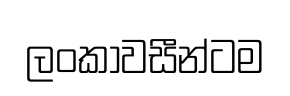
ලංකාවසීන්ටම